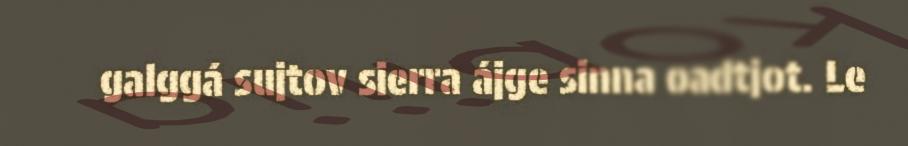
galggá sujtov sierra ájge sinna oadtjot. Le